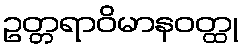
ဥတ္တရာဝိမာနဝတ္ထု